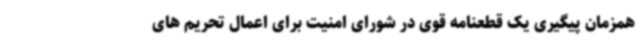
همزمان پیگیری یک قطعنامه قوی در شورای امنیت برای اعمال تحریم های